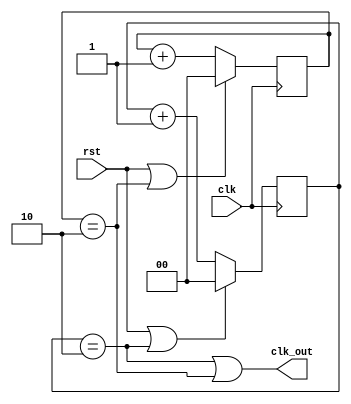
module freq_div_3(clk_out,clk,rst);
    output clk_out;
    input clk,rst;

    reg [1:0] pos_cnt, neg_cnt;

    always @(posedge clk)
        if(rst || pos_cnt == 2)
            pos_cnt <= 0;
        else
            pos_cnt <= pos_cnt+1;
    
    always @(negedge clk)
        if(rst || neg_cnt ==2)
            neg_cnt <= 0;
        else 
            neg_cnt <= neg_cnt+1;

    assign clk_out = (pos_cnt==2) || (neg_cnt==2);

endmodule